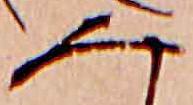
み